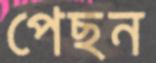
পেছন